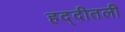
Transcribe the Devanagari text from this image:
हद्दीतली